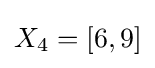
X_{4}=[6,9]